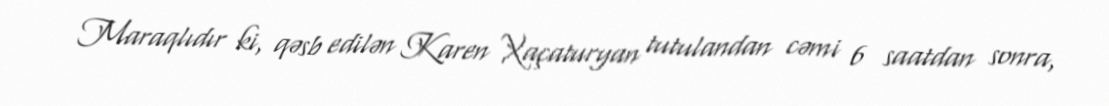
Maraqlıdır ki, qəsb edilən Karen Xaçaturyan tutulandan cəmi 6 saatdan sonra,